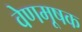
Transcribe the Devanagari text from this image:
वेणमूषक